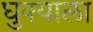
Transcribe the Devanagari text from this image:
धुक्‍याला